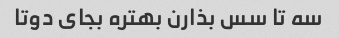
سه تا سس بذارن بهتره بجای دوتا